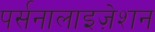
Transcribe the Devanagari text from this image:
पर्सनालाइज़ेशन